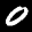
Label: 0